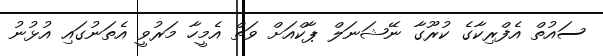
ސައުތް އެފްރިކާގެ ކުރޫގާ ނޭޝަނަލް ޕާކްއަށް ވަތް އެމީހާ މަރުވީ އެތަނުގައި އުޅުނު